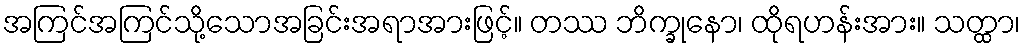
အကြင်အကြင်သို့သောအခြင်းအရာအားဖြင့်။ တဿ ဘိက္ခုနော၊ ထိုရဟန်းအား။ သတ္ထာ၊